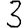
Digit: 3